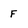
Character: F